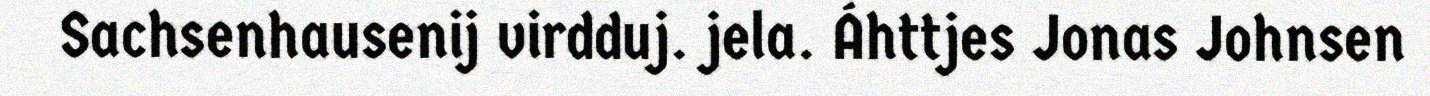
Sachsenhausenij virdduj. jela. Áhttjes Jonas Johnsen